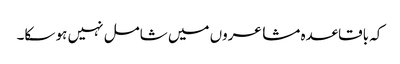
کہ باقاعدہ مشاعروں میں شامل نہیں ہو سکا۔